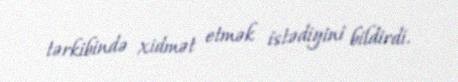
tərkibində xidmət etmək istədiyini bildirdi.